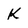
Character: k